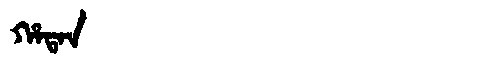
Manchu: ᡥᠠᡨᠠᠨ
Romanization: HATAN